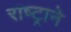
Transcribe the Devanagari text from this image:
राष्ट्रानेे